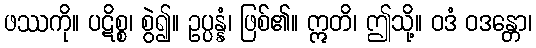
ဖဿကို။ ပဋိစ္စ၊ စွဲ၍။ ဥပ္ပန္နံ၊ ဖြစ်၏။ ဣတိ၊ ဤသို့။ ဝဒံ ဝဒန္တော၊